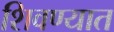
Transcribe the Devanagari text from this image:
शिवण्यात